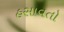
હસાવતો